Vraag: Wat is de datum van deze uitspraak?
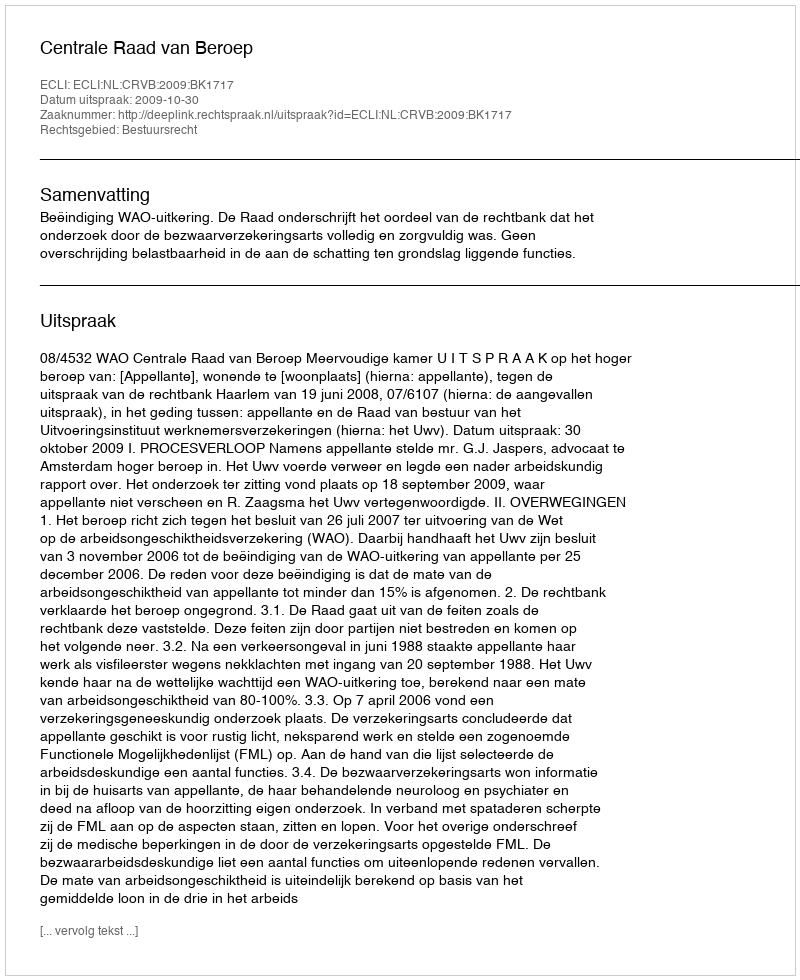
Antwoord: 2009-10-30